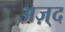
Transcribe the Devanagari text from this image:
अज़्द